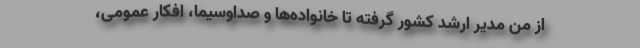
از من مدیر ارشد کشور گرفته تا خانواده‌ها و صداوسیما، افکار عمومی،